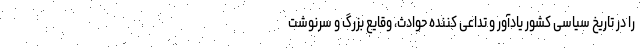
را در تاریخ سیاسی کشور یادآور و تداعی کننده حوادث، وقایع بزرگ و سرنوشت